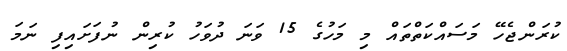
ކުރަންޖެހޭ މަސައްކަތްތައް މި މަހުގެ 15 ވަނަ ދުވަހު ކުރިން ނުފަށައިފި ނަމަ